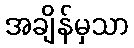
အချိန်မှသာ